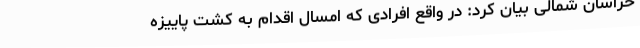
خراسان شمالی بیان کرد: در واقع افرادی که امسال اقدام به کشت پاییزه